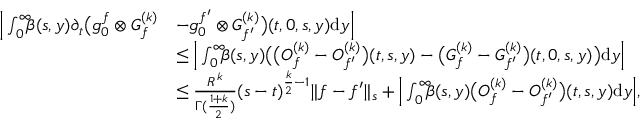
\begin{array} { r l } { \Big | \int _ { 0 } ^ { \infty } \! \! \! \beta ( s , y ) \partial _ { t } \big ( g _ { 0 } ^ { f } \otimes G _ { f } ^ { ( k ) } } & { - g _ { 0 } ^ { f ^ { \prime } } \otimes G _ { f ^ { \prime } } ^ { ( k ) } \big ) ( t , 0 , s , y ) \mathrm { d } y \Big | } \\ & { \le \Big | \int _ { 0 } ^ { \infty } \! \! \! \beta ( s , y ) \big ( \big ( O _ { f } ^ { ( k ) } - O _ { f ^ { \prime } } ^ { ( k ) } \big ) ( t , s , y ) - \big ( G _ { f } ^ { ( k ) } - G _ { f ^ { \prime } } ^ { ( k ) } \big ) ( t , 0 , s , y ) \big ) \mathrm { d } y \Big | } \\ & { \le \frac { R ^ { k } } { \Gamma ( \frac { 1 + k } { 2 } ) } ( s - t ) ^ { \frac { k } { 2 } - 1 } \| f - f ^ { \prime } \| _ { s } + \Big | \int _ { 0 } ^ { \infty } \! \! \! \beta ( s , y ) \big ( O _ { f } ^ { ( k ) } - O _ { f ^ { \prime } } ^ { ( k ) } \big ) ( t , s , y ) \mathrm { d } y \Big | , } \end{array}